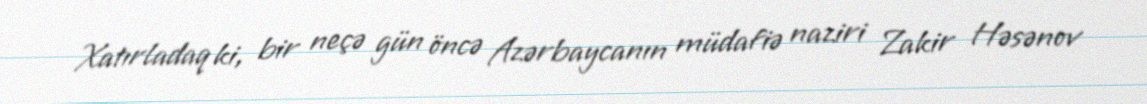
Xatırladaq ki, bir neçə gün öncə Azərbaycanın müdafiə naziri Zakir Həsənov